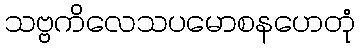
သဗ္ဗကိလေသပမောစနဟေတုံ